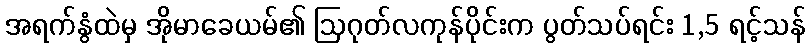
အရက်နွံထဲမှ အိုမာခေယမ်၏ ဩဂုတ်လကုန်ပိုင်းက ပွတ်သပ်ရင်း 1,5 ရင့်သန်